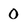
Character: 0